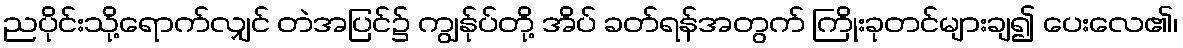
ညပိုင်းသို့ရောက်လျှင် တဲအပြင်၌ ကျွန်ုပ်တို့ အိပ် ခတ်ရန်အတွက် ကြိုးခုတင်များချ၍ ပေးလေ၏၊